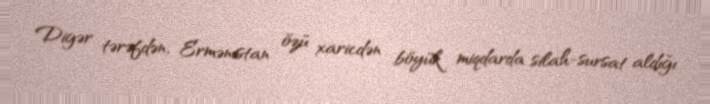
Digər tərəfdən, Ermənistan özü xaricdən böyük miqdarda silah-sursat aldığı